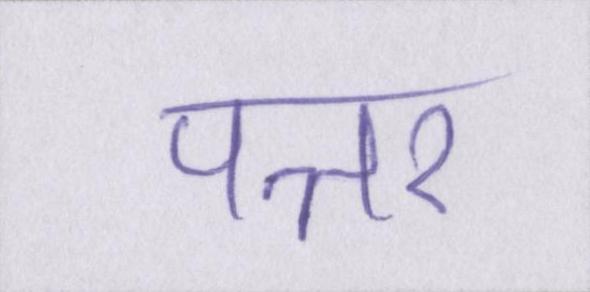
पत्तर